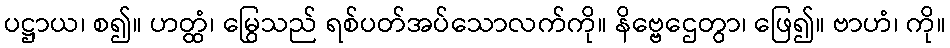
ပဋ္ဌာယ၊ စ၍။ ဟတ္ထံ၊ မြွေသည် ရစ်ပတ်အပ်သောလက်ကို။ နိဗ္ဗေဌေတွာ၊ ဖြေ၍။ ဗာဟံ၊ ကို။